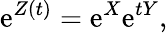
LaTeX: \mathrm{e}^{Z(t)}=\mathrm{e}^{X}\mathrm{e}^{tY},